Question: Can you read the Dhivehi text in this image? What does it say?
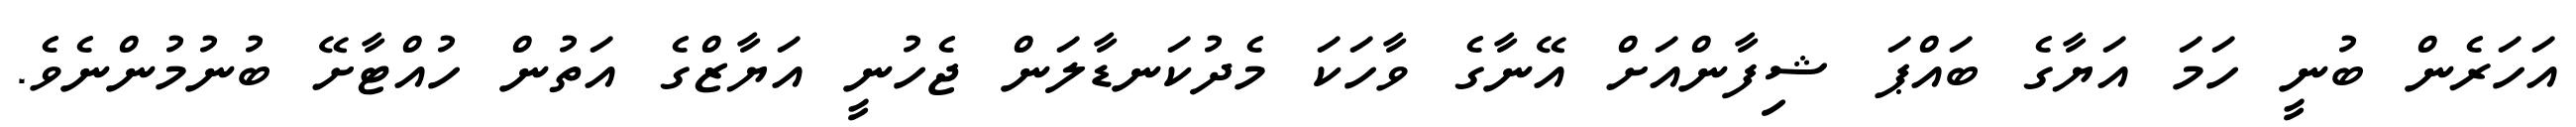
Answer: އަހަރެން ބުނީ ހަމަ އަޔާގެ ބައްޕަ ޝިފާންއަށް އޭނާގެ ވާހަކަ މެދުކަނޑާލަން ޖެހުނީ އަޔާޒްގެ އަތުން ހުއްޓާށޭ ބުނުމުންނެވެ.